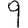
Digit: 9